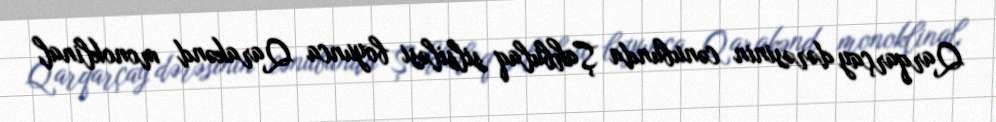
Qarqarçay dərəsinin cənubunda Şahbulaq silsiləsi boyunca Qarakənd monoklinal